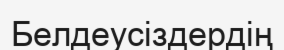
Белдеусіздердің